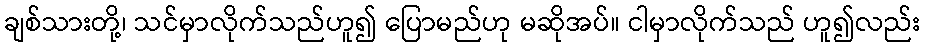
ချစ်သားတို့၊ သင်မှာလိုက်သည်ဟူ၍ ပြောမည်ဟု မဆိုအပ်။ ငါမှာလိုက်သည် ဟူ၍လည်း